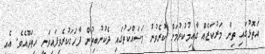
އަތޮޅުގައި ތިން މަރުކަޒެއް ގާއިމުކުރުމަށް ކުރެވުނު މަސައްކަތުގައި ދެކުނުބިތުން ފާހަގަކުރެވިފައިވަނީ ހިތަދޫއެވެ. އެއީ